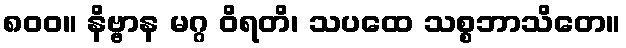
၈၀၀။ နိဗ္ဗာန မဂ္ဂ ဝိရတိ၊ သပထေ သစ္စဘာသိတေ။